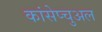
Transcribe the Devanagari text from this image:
कांसेप्चुअल